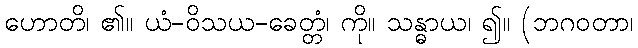
ဟောတိ၊ ၏။ ယံ-ဝိသယ-ခေတ္တံ၊ ကို။ သန္ဓာယ၊ ၍။ (ဘဂဝတာ၊